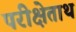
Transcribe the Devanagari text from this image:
परीक्षेताथ